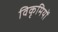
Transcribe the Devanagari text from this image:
विकृमियों